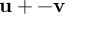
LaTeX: \mathbf { u } + - \mathbf { v }